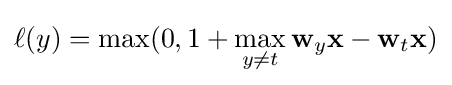
\ell (y)=\max(0,1+\max _{y\neq t}\mathbf {w} _{y}\mathbf {x} -\mathbf {w} _{t}\mathbf {x} )